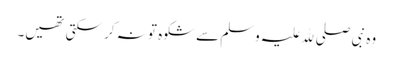
وہ نبی صلی ﷲ علیہ وسلم سے شکوہ تو نہ کر سکتی تھیں۔